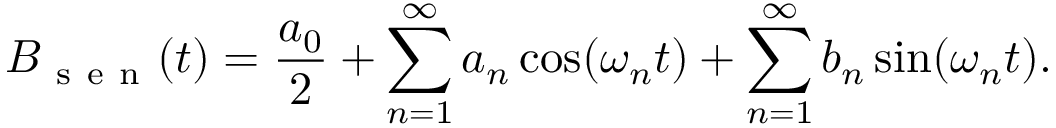
B _ { \mathrm { ~ s ~ e ~ n ~ } } ( t ) = \frac { a _ { 0 } } { 2 } + \sum _ { n = 1 } ^ { \infty } a _ { n } \cos ( \omega _ { n } t ) + \sum _ { n = 1 } ^ { \infty } b _ { n } \sin ( \omega _ { n } t ) .